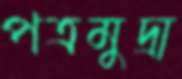
পত্রমুদ্রা